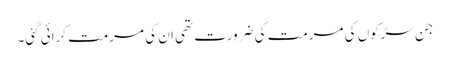
جن سڑکوں کی مرمت کی ضرورت تھی ان کی مرمت کرائی گئی۔